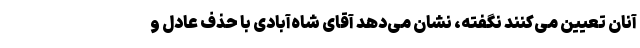
آنان تعیین می‌کنند نگفته، نشان می‌دهد آقای شاه‌آبادی با حذف عادل و